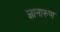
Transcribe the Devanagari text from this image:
ज्ञानारुण